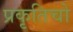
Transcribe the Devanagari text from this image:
प्रकृतिचो